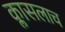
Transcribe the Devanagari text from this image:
क्लासलाच